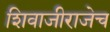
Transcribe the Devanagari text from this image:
शिवाजीराजेच